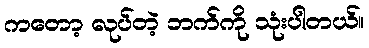
ကတော့ လုပ်တဲ့ ဘက်ကို သုံးပါတယ်။